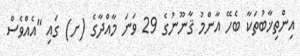
އިންތިޚާބުތަކާ ބެހޭ އާންމު ޤާނޫނުގެ 29 ވަނަ މާއްދާގެ (ށ) ގައި "އެއްވެސް